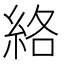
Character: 絡